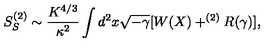
S _ { S } ^ { ( 2 ) } \sim \frac { K ^ { 4 / 3 } } { \kappa ^ { 2 } } \int d ^ { 2 } x \sqrt { - \gamma } [ W ( X ) + ^ { ( 2 ) } R ( \gamma ) ] ,